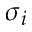
\sigma _ { i }